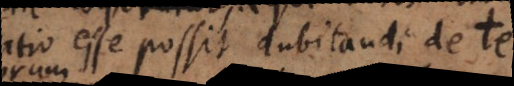
ratio esse possit dubitandi de te.